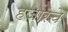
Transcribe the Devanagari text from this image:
हजारचे